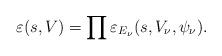
LaTeX: \begin{align*} \varepsilon(s,V) = \prod \varepsilon_{E_{\nu}}(s, V_{\nu}, \psi_{\nu}). \end{align*}